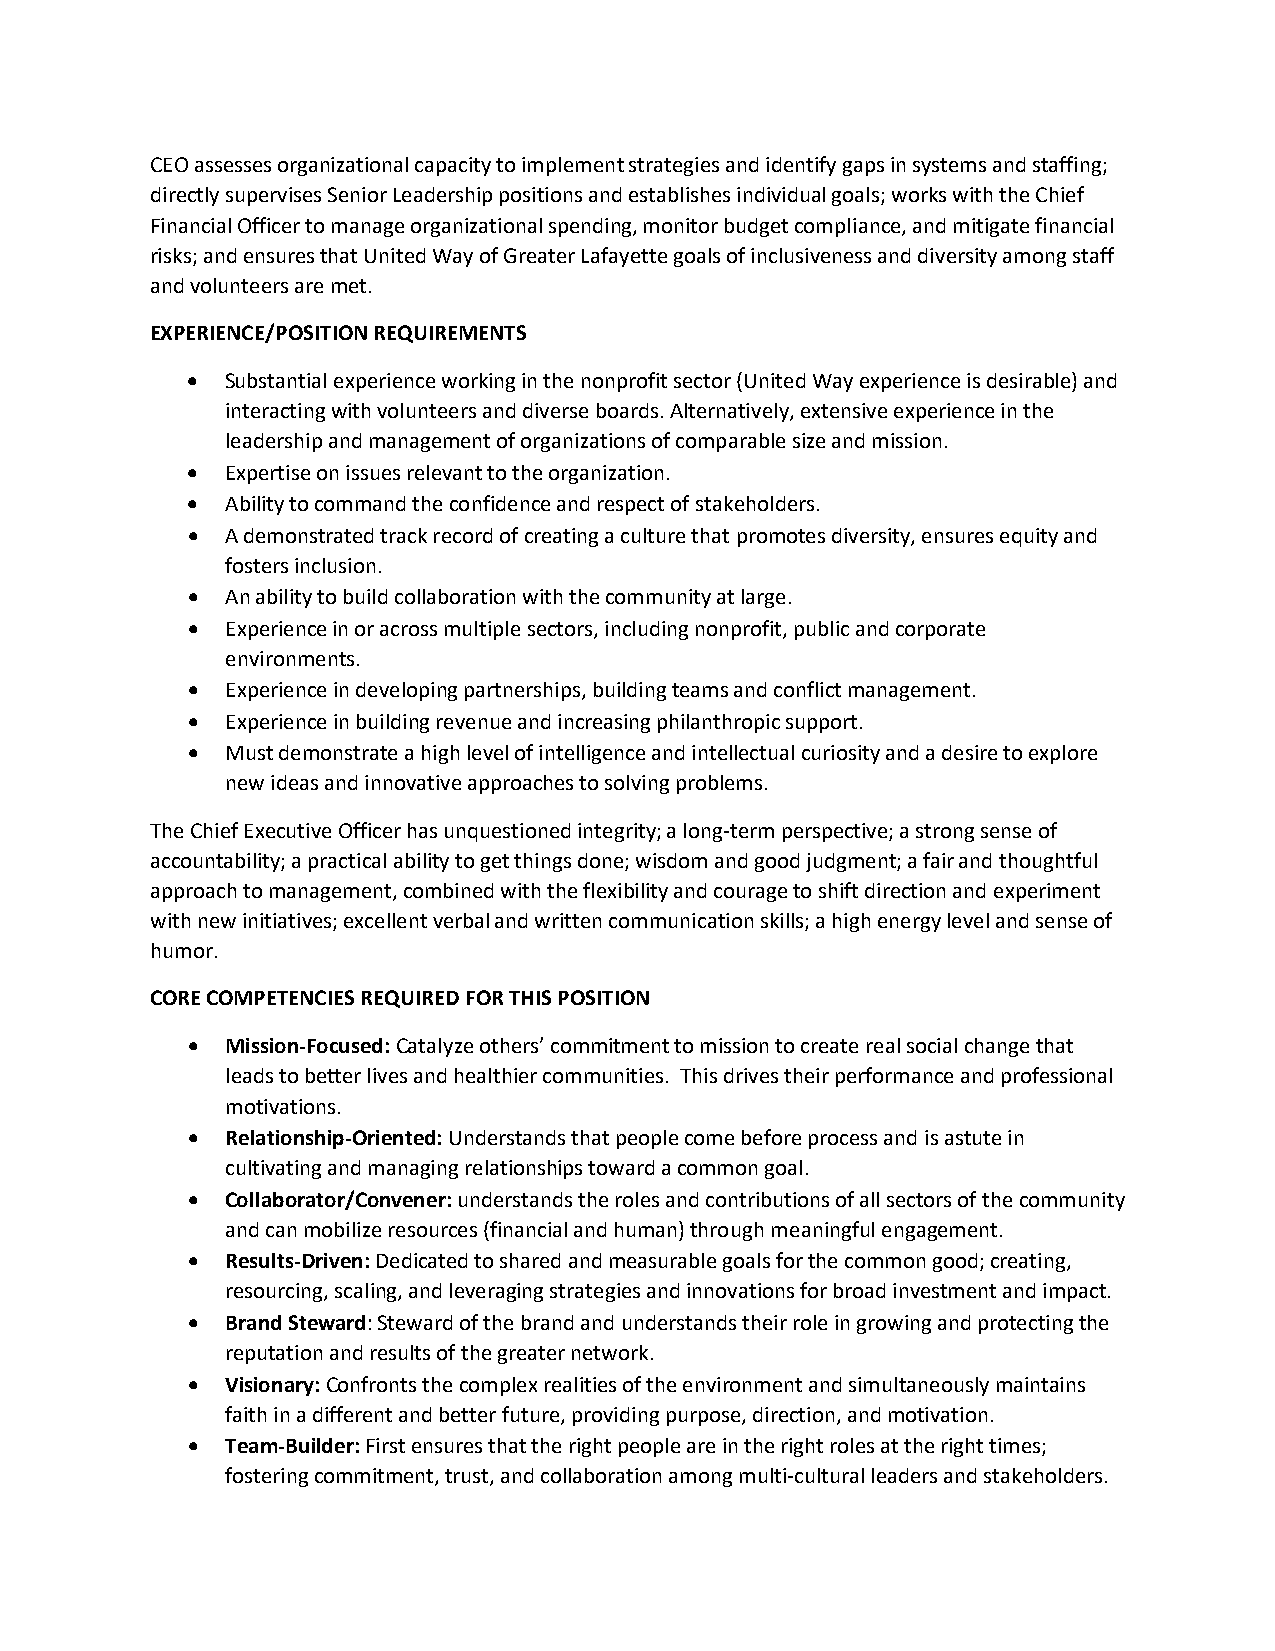
CEO assesses organizational capacity to implement strategies and identify gaps in systems and staffing;
 directly supervises Senior Leadership positions and establishes individual goals; works with the Chief
 Financial Officer to manage organizational spending, monitor budget compliance, and mitigate financial
 risks; and ensures that United Way of Greater Lafayette goals of inclusiveness and diversity among staff
 and volunteers are met.
 EXPERIENCE/POSITION REQUIREMENTS
 •  Substantial experience working in the nonprofit sector (United Way experience is desirable) and
 interacting with volunteers and diverse boards. Alternatively, extensive experience in the
 leadership and management of organizations of comparable size and mission.
 •  Expertise on issues relevant to the organization.
 •  Ability to command the confidence and respect of stakeholders.
 •  A demonstrated track record of creating a culture that promotes diversity, ensures equity and
 fosters inclusion.
 •  An ability to build collaboration with the community at large.
 •  Experience in or across multiple sectors, including nonprofit, public and corporate
 environments.
 •  Experience in developing partnerships, building teams and conflict management.
 •  Experience in building revenue and increasing philanthropic support.
 •  Must demonstrate a high level of intelligence and intellectual curiosity and a desire to explore
 new ideas and innovative approaches to solving problems.
 The Chief Executive Officer has unquestioned integrity; a long-term perspective; a strong sense of
 accountability; a practical ability to get things done; wisdom and good judgment; a fair and thoughtful
 approach to management, combined with the flexibility and courage to shift direction and experiment
 with new initiatives; excellent verbal and written communication skills; a high energy level and sense of
 humor.
 CORE COMPETENCIES REQUIRED FOR THIS POSITION
 •  Mission-Focused: Catalyze others’ commitment to mission to create real social change that
 leads to better lives and healthier communities. This drives their performance and professional
 motivations.
 •  Relationship-Oriented: Understands that people come before process and is astute in
 cultivating and managing relationships toward a common goal.
 •  Collaborator/Convener: understands the roles and contributions of all sectors of the community
 and can mobilize resources (financial and human) through meaningful engagement.
 •  Results-Driven: Dedicated to shared and measurable goals for the common good; creating,
 resourcing, scaling, and leveraging strategies and innovations for broad investment and impact.
 •  Brand Steward: Steward of the brand and understands their role in growing and protecting the
 reputation and results of the greater network.
 •  Visionary: Confronts the complex realities of the environment and simultaneously maintains
 faith in a different and better future, providing purpose, direction, and motivation.
 •  Team-Builder: First ensures that the right people are in the right roles at the right times;
 fostering commitment, trust, and collaboration among multi-cultural leaders and stakeholders.